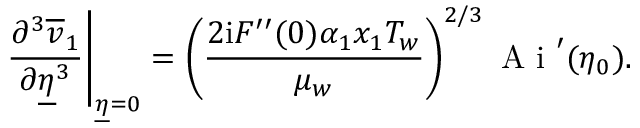
\left. \frac { \partial ^ { 3 } \overline { { v } } _ { 1 } } { \partial \underline { { \eta } } ^ { 3 } } \right\vert _ { \underline { { \eta } } = 0 } = \left( \frac { 2 \mathrm { i } F ^ { \prime \prime } ( 0 ) \alpha _ { 1 } x _ { 1 } T _ { w } } { \mu _ { w } } \right) ^ { 2 / 3 } \mathrm { ~ A ~ i ~ } ^ { \prime } ( \eta _ { 0 } ) .